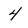
Character: 4